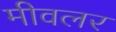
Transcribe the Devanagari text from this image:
मीवलर